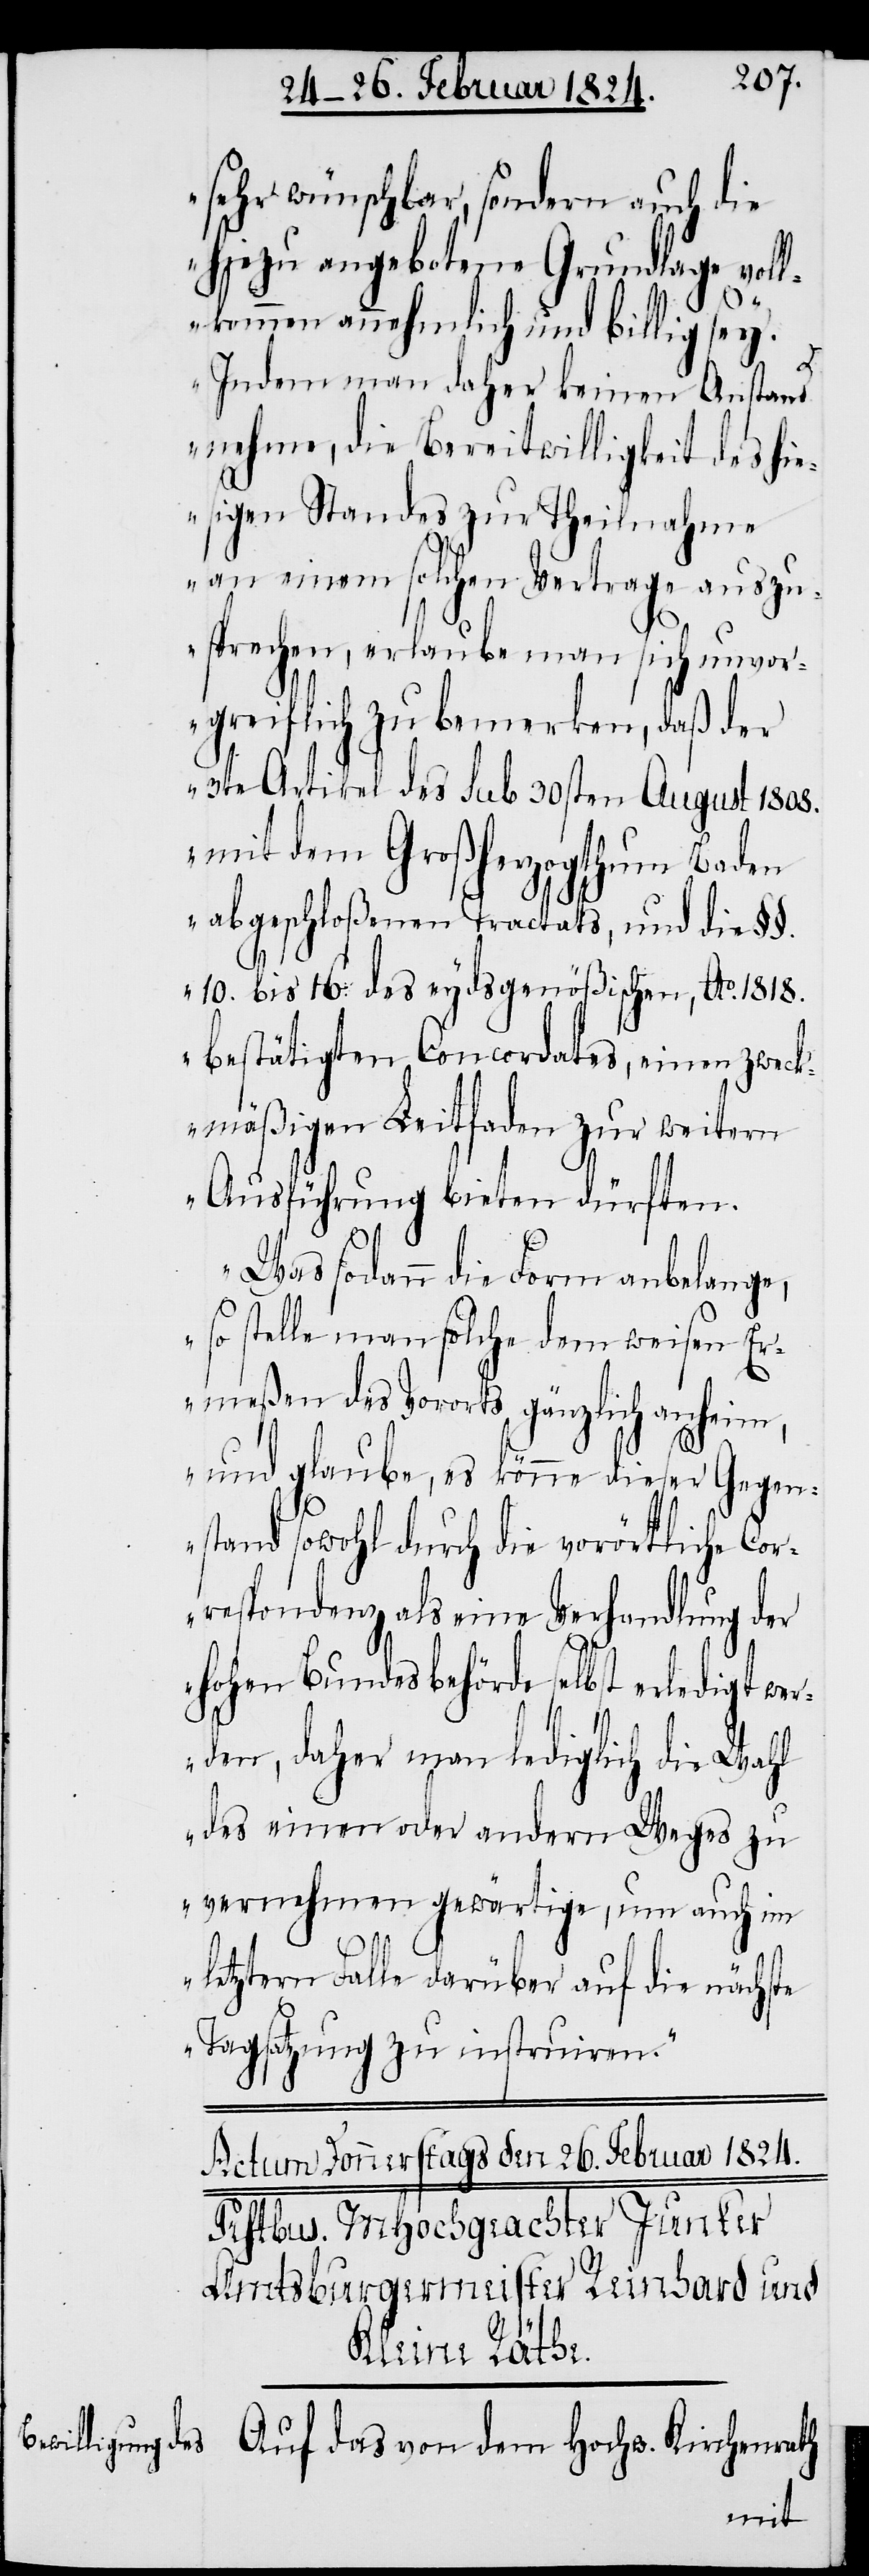
sehr wünschbar, sondern auch die
hiezu angebotene Grundlage vol¬
lkommen annehmlich und billig sey.
Indem man daher keinen Anstand
nehme, die Bereitwilligkeit des hie¬
sigen Standes zur Theilnahme
an einem solchen Vertrage auszu¬
sprechen, erlaube man sich unvor¬
greiflich zu bemerken, daß der
3te Artikel des sub 30sten August 1808.
mit dem Großherzogthum Baden
abgeschloßenen Tractats, und die §§.
10. bis 16. des eydsgenößischen, Ao. 1818.
bestätigten Concordates, einen zweck¬
mäßigen Leitfaden zur weitern
Ausführung bieten dürften.
Was sodann die Form anbelange,
so stelle man solche dem weisen Er¬
meßen des Vororts gänzlich anheim,
und glaube, es könne dieser Gegen¬
stand sowohl durch die vorörtliche Cor¬
respondenz als eine Verhandlung der
hohen Bundesbehörde selbst erledigt wer¬
den, daher man lediglich die Wahl
des einen oder andern Weges zu
vernehmen gewärtige, um auch im
letztern Falle darüber auf die nächste
Tagsatzung zu instruiren.“